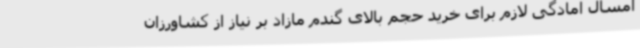
امسال آمادگی لازم برای خرید حجم بالای گندم مازاد بر نیاز از کشاورزان